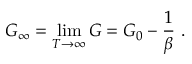
G _ { \infty } = \operatorname* { l i m } _ { T \to \infty } G = G _ { 0 } - { \frac { 1 } { \beta } } \ .